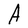
Character: A